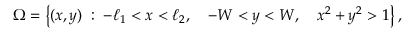
\Omega = \left\lbrace ( x , y ) \; : \; - \ell _ { 1 } < x < \ell _ { 2 } , \quad - W < y < W , \quad x ^ { 2 } + y ^ { 2 } > 1 \right\rbrace ,